65_HS1-834228961_62-HQ-83894_Section_9
Agency: FBI
Page 213
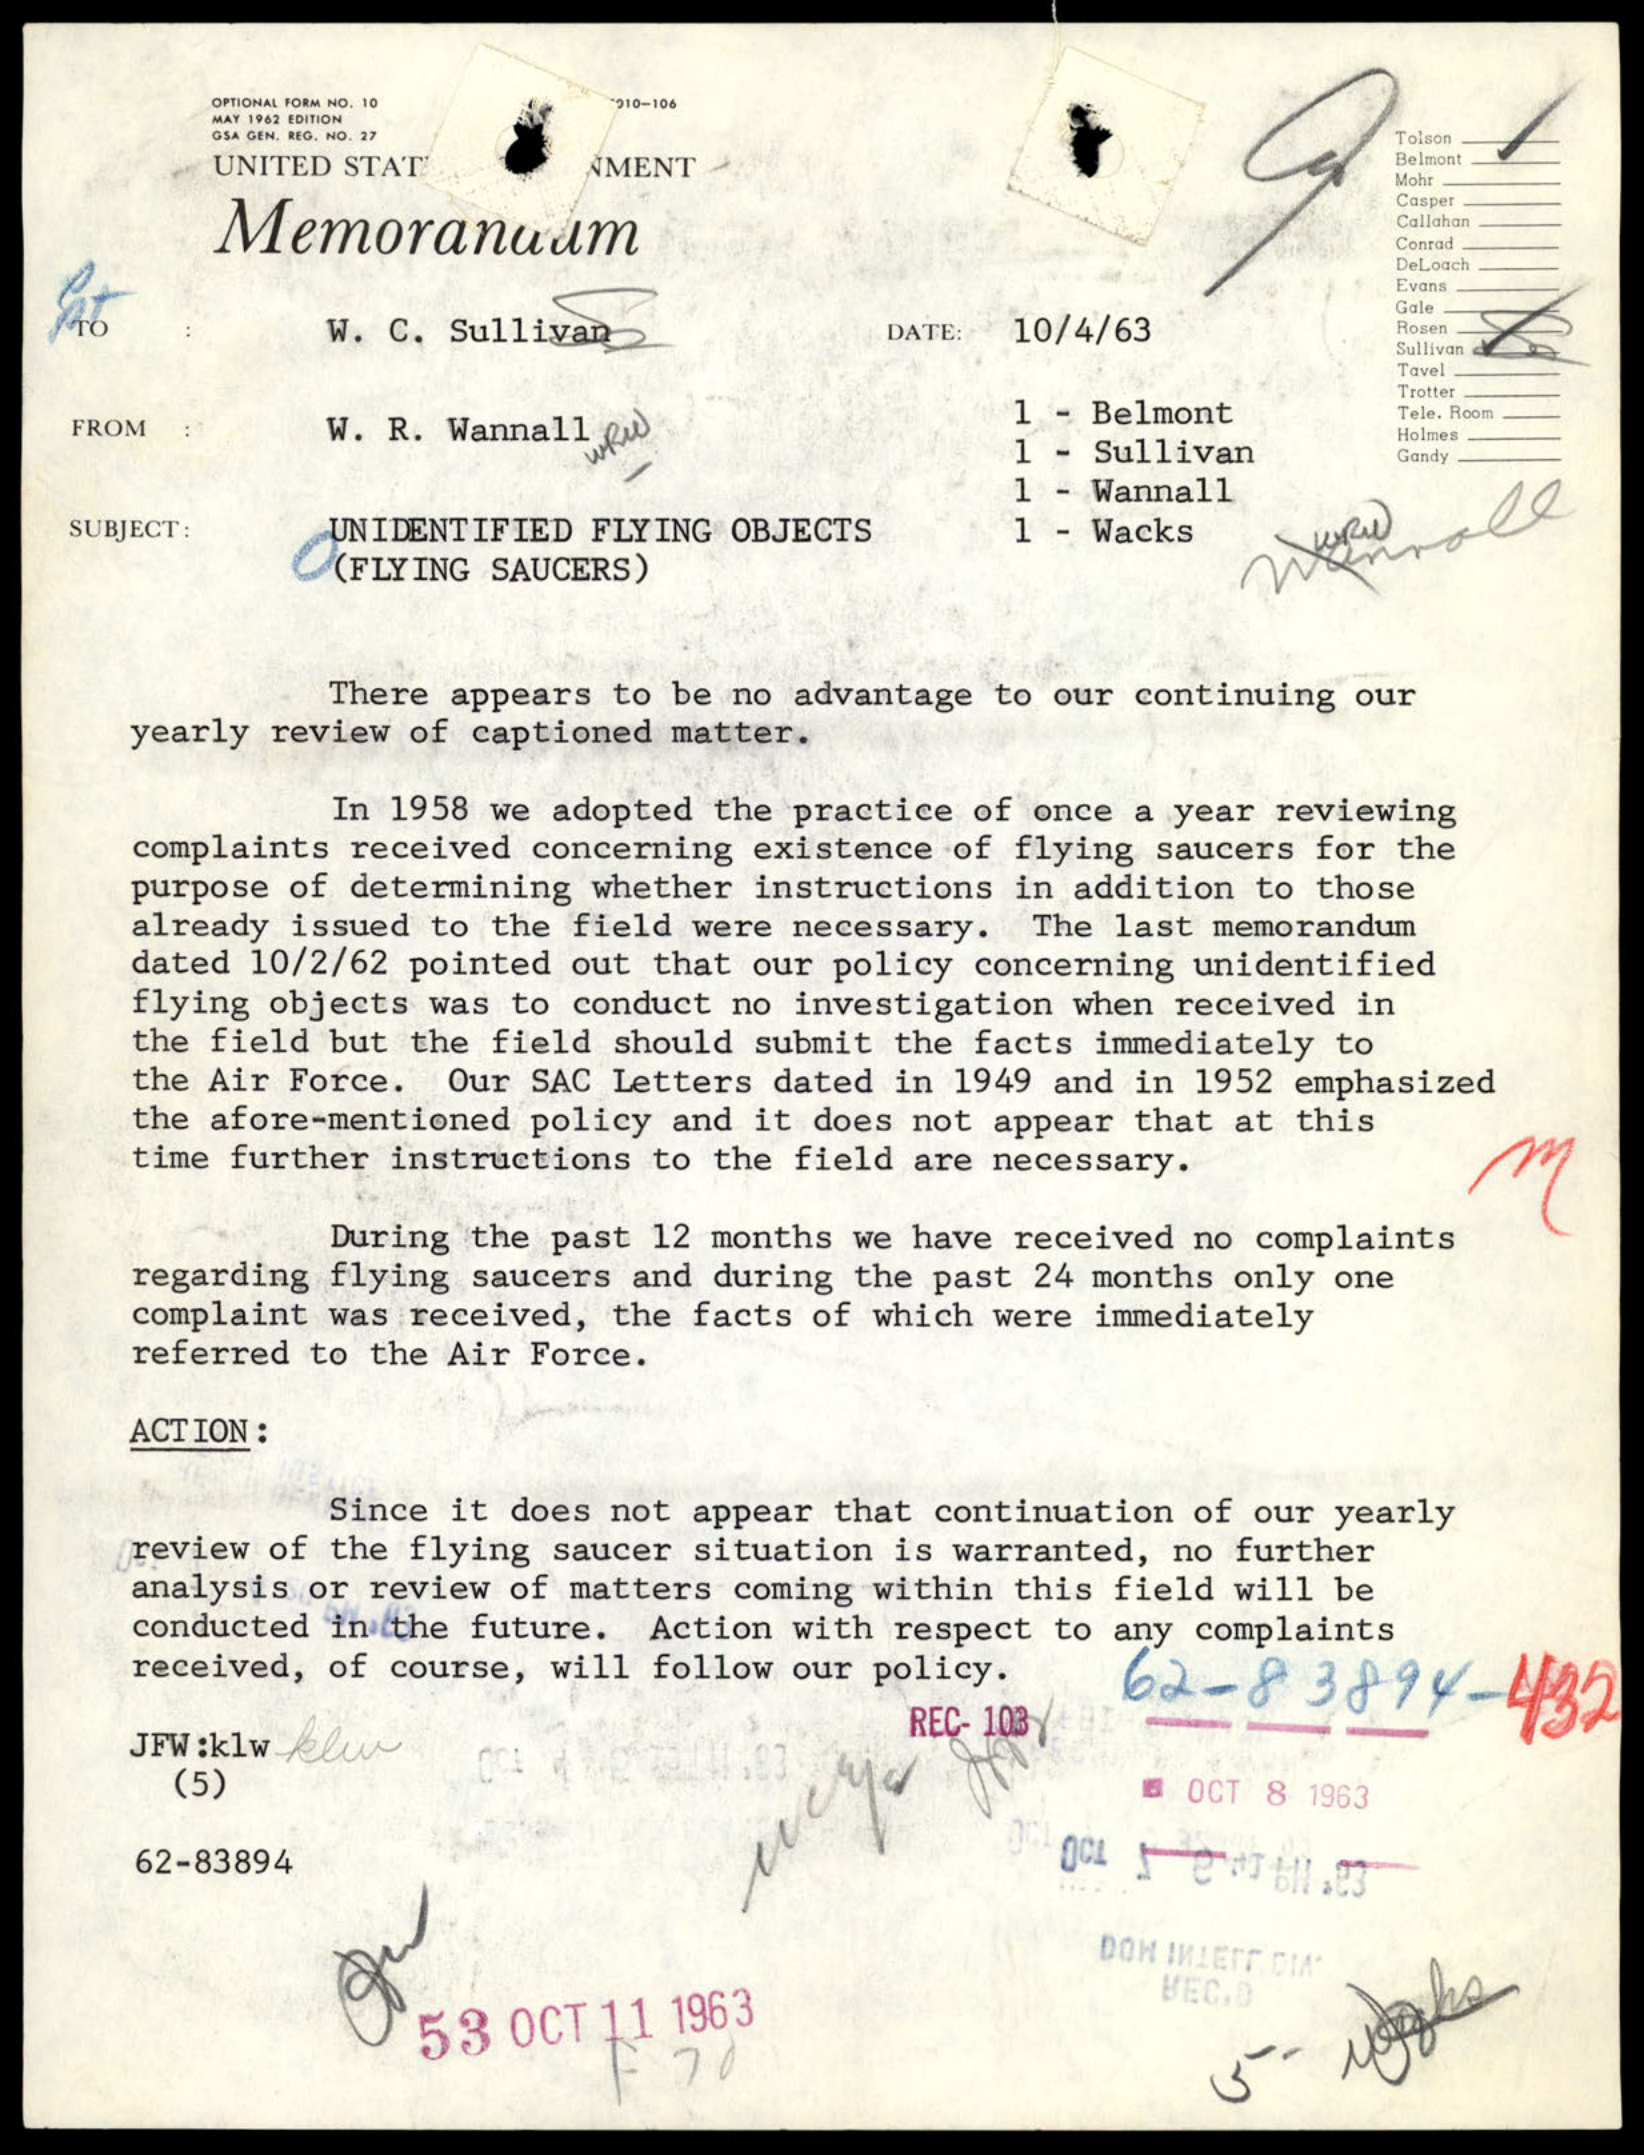